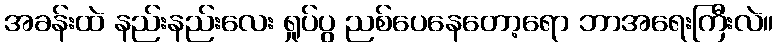
အခန်းထဲ နည်းနည်းလေး ရှုပ်ပွ ညစ်ပေနေတော့ရော ဘာအရေးကြီးလဲ။